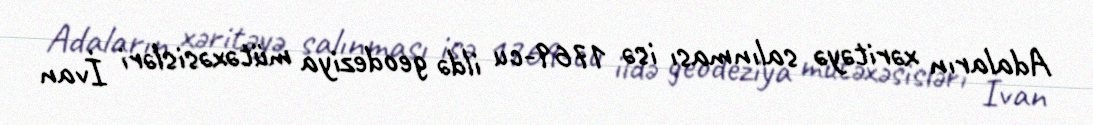
Adaların xəritəyə salınması isə 1769-cu ildə geodeziya mütəxəsisləri İvan